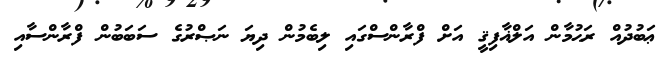
ޢަބުދުއް ރަޙުމާން އަލްޣާފިޤީ އަށް ފްރާންސްގައި ލިބެމުން ދިޔަ ނަޞްރުގެ ސަބަބުން ފްރާންސާއި